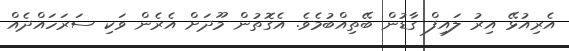
އެރިއުޅޭ އިރު ލައިފް ގާޑުން ބޭތިއްބުމެވެ. އެގޮތުން މޫދަށް އެރެން ވަކި ސަރަހައްދެއް